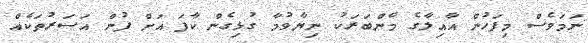
ނަމަވެސް މިފަހުން އާއިލާގެ މެންބަރަކު ނިޔާވުމާ ގުޅިގެން ކާފަ އަށް ފުން އަސަރުތަކެއް